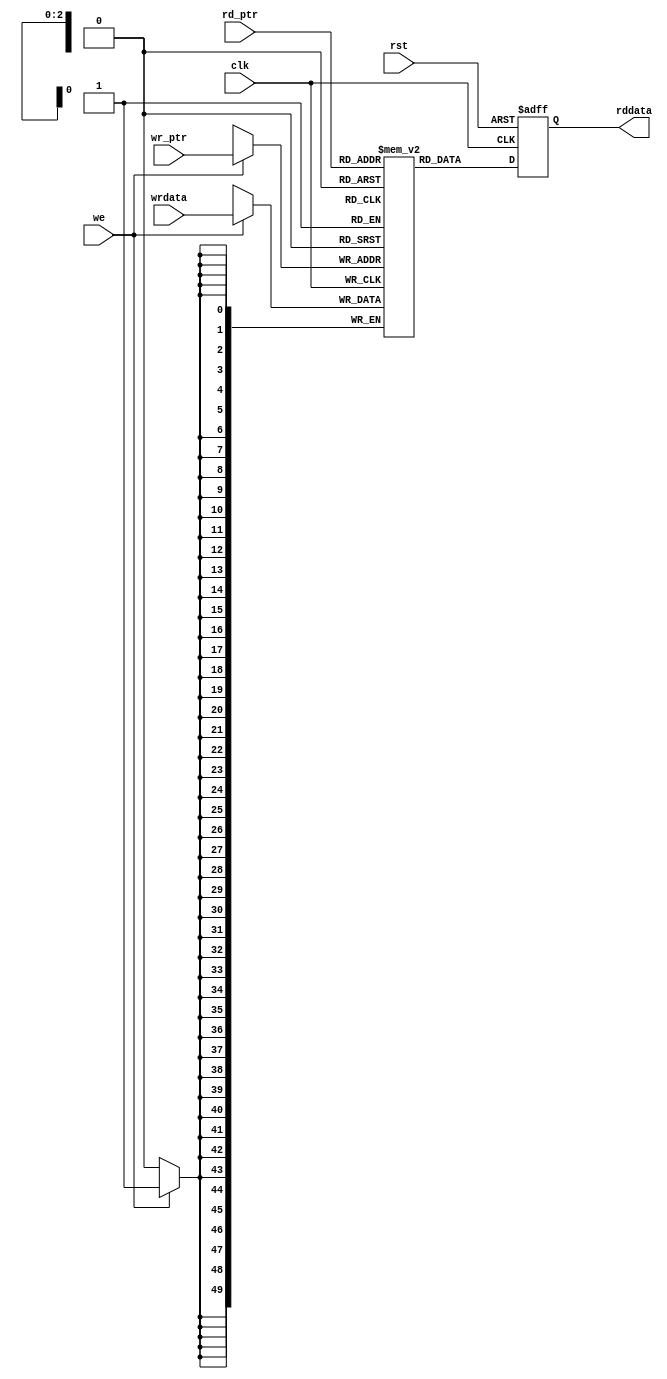

//-----------------------------------------------------------------------------
//
// (c) Copyright 2009-2010 Xilinx, Inc. All rights reserved.
//
// This file contains confidential and proprietary information
// of Xilinx, Inc. and is protected under U.S. and
// international copyright and other intellectual property
// laws.
//
// DISCLAIMER
// This disclaimer is not a license and does not grant any
// rights to the materials distributed herewith. Except as
// otherwise provided in a valid license issued to you by
// Xilinx, and to the maximum extent permitted by applicable
// law: (1) THESE MATERIALS ARE MADE AVAILABLE "AS IS" AND
// WITH ALL FAULTS, AND XILINX HEREBY DISCLAIMS ALL WARRANTIES
// AND CONDITIONS, EXPRESS, IMPLIED, OR STATUTORY, INCLUDING
// BUT NOT LIMITED TO WARRANTIES OF MERCHANTABILITY, NON-
// INFRINGEMENT, OR FITNESS FOR ANY PARTICULAR PURPOSE; and
// (2) Xilinx shall not be liable (whether in contract or tort,
// including negligence, or under any other theory of
// liability) for any loss or damage of any kind or nature
// related to, arising under or in connection with these
// materials, including for any direct, or any indirect,
// special, incidental, or consequential loss or damage
// (including loss of data, profits, goodwill, or any type of
// loss or damage suffered as a result of any action brought
// by a third party) even if such damage or loss was
// reasonably foreseeable or Xilinx had been advised of the
// possibility of the same.
//
// CRITICAL APPLICATIONS
// Xilinx products are not designed or intended to be fail-
// safe, or for use in any application requiring fail-safe
// performance, such as life-support or safety devices or
// systems, Class III medical devices, nuclear facilities,
// applications related to the deployment of airbags, or any
// other applications that could lead to death, personal
// injury, or severe property or environmental damage
// (individually and collectively, "Critical
// Applications"). Customer assumes the sole risk and
// liability of any use of Xilinx products in Critical
// Applications, subject only to applicable laws and
// regulations governing limitations on product liability.
//
// THIS COPYRIGHT NOTICE AND DISCLAIMER MUST BE RETAINED AS
// PART OF THIS FILE AT ALL TIMES.
//
//-----------------------------------------------------------------------------
// Project    : V5-Block Plus for PCI Express
//--------------------------------------------------------------------------------
//--------------------------------------------------------------------------------
/***********************************************************************

  Description: 

  This is the 4x50 dual port RAM for the header information of the
  outstanding Completion packets in the error manager.
  The RAM output is registered. 

***********************************************************************/


`define  FFD 1
module cmm_errman_ram8x26 (
                rddata,                 // Output

                wrdata,                 // Inputs
                wr_ptr,
                rd_ptr,
                we,
                rst,
                clk
                );


  output [49:0] rddata;

  input  [49:0] wrdata;
  input   [2:0] wr_ptr;
  input   [2:0] rd_ptr;

  input         we;
  input         rst;
  input         clk;
 

  //******************************************************************//
  // Reality check.                                                   //
  //******************************************************************//


  //******************************************************************//
  // Construct the RAM.                                               //
  //******************************************************************//

  reg    [49:0] lutram_data [0:7];

  always @(posedge clk) begin
    if (we)
      lutram_data[wr_ptr] <= #`FFD wrdata;
  end


  //******************************************************************//
  // Register the outputs.                                            //
  //******************************************************************//


  reg    [49:0] reg_rdata;


  always @(posedge clk or posedge rst)
  begin
    if (rst)  reg_rdata <= #`FFD 50'h0000_0000_0000;
    else      reg_rdata <= #`FFD lutram_data[rd_ptr];
  end

  assign rddata = reg_rdata;


  //******************************************************************//
  //                                                                  //
  //******************************************************************//

endmodule